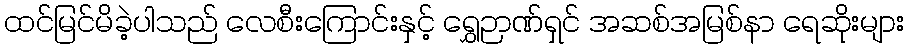
ထင်မြင်မိခဲ့ပါသည် လေစီးကြောင်းနှင့် ရွှေဉာဏ်ရှင် အဆစ်အမြစ်နာ ရေဆိုးများ